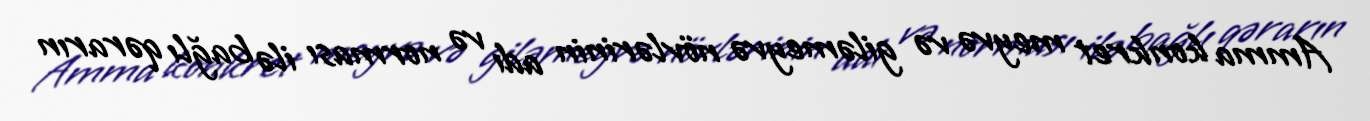
Amma konkret meyvə və giləmeyvə növlərinin adı və norması ilə bağlı qərarın